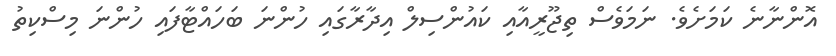
އޮންނާނެ ކަމަށެވެ. ނަމަވެސް ތިޖޫރީއާއި ކައުންސިލް އިދާރާގައި ހުންނަ ބަހައްޓާފައި ހުންނަ މިސްކިތު